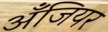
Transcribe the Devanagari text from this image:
अँजियर